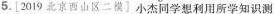
5.[2019北京西山区二模]小杰同学想利用所学知识测